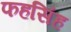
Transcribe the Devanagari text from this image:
फहसिंह